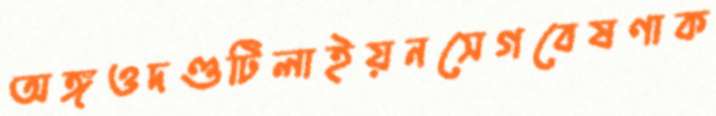
অঙ্গওদণ্ডটিলাইয়নসেগবেষণাক